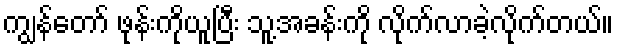
ကျွန်တော် ဖုန်းကိုယူပြီး သူ့အခန်းကို လိုက်လာခဲ့လိုက်တယ်။